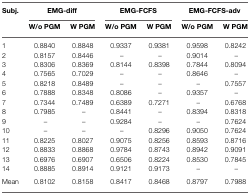
<table><thead><tr><td><b>Subj.</b></td><td colspan="2"><b>EMG-diff</b></td><td colspan="2"><b>EMG-FCFS</b></td><td colspan="2"><b>EMG-FCFS-adv</b></td></tr><tr><td></td><td><b>W/o PGM</b></td><td><b>W PGM</b></td><td><b>W/o PGM</b></td><td><b>W PGM</b></td><td><b>W/o PGM</b></td><td><b>W PGM</b></td></tr></thead><tbody><tr><td>1</td><td>0.8840</td><td>0.8848</td><td>0.9337</td><td>0.9381</td><td>0.9598</td><td>0.8242</td></tr><tr><td>2</td><td>0.8157</td><td>0.8446</td><td>–</td><td>–</td><td>0.9014</td><td>–</td></tr><tr><td>3</td><td>0.8306</td><td>0.8369</td><td>0.8144</td><td>0.8398</td><td>0.7844</td><td>0.8094</td></tr><tr><td>4</td><td>0.7565</td><td>0.7029</td><td>–</td><td>–</td><td>0.8646</td><td>–</td></tr><tr><td>5</td><td>0.8218</td><td>0.8489</td><td>–</td><td>–</td><td>–</td><td>0.7557</td></tr><tr><td>6</td><td>0.7888</td><td>0.8348</td><td>0.8086</td><td>–</td><td>0.9357</td><td>–</td></tr><tr><td>7</td><td>0.7344</td><td>0.7489</td><td>0.6389</td><td>0.7271</td><td>–</td><td>0.6768</td></tr><tr><td>8</td><td>0.7985</td><td>–</td><td>0.8441</td><td>–</td><td>0.8394</td><td>0.8318</td></tr><tr><td>9</td><td>–</td><td>–</td><td>0.9284</td><td>–</td><td>–</td><td>0.7624</td></tr><tr><td>10</td><td>–</td><td>–</td><td>–</td><td>0.8296</td><td>0.9050</td><td>0.7624</td></tr><tr><td>11</td><td>0.8225</td><td>0.8027</td><td>0.9075</td><td>0.8256</td><td>0.8593</td><td>0.8716</td></tr><tr><td>12</td><td>0.8833</td><td>0.8868</td><td>0.9784</td><td>0.8743</td><td>0.8942</td><td>0.9091</td></tr><tr><td>13</td><td>0.6976</td><td>0.6907</td><td>0.6506</td><td>0.8224</td><td>0.8530</td><td>0.7845</td></tr><tr><td>14</td><td>0.8885</td><td>0.8914</td><td>0.9121</td><td>0.9173</td><td>–</td><td>–</td></tr><tr><td>Mean</td><td>0.8102</td><td>0.8158</td><td>0.8417</td><td>0.8468</td><td>0.8797</td><td>0.7988</td></tr></tbody></table>